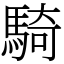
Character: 騎